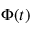
\Phi ( t )